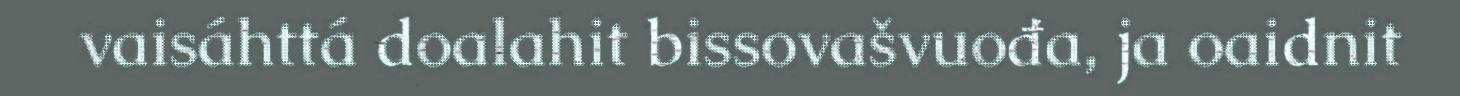
vaisáhttá doalahit bissovašvuođa, ja oaidnit